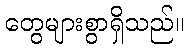
တွေများစွာရှိသည်။